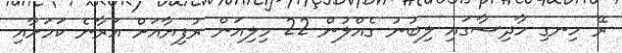
ރޭ ހިނގި ހާދިސާގައި ލިބުނު ގެއްލުން 22 މިލިއަން ރުފިޔާއަށް އަރާނެ ކަމަށާއި